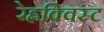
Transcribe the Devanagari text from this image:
रेह्नक्विस्ट